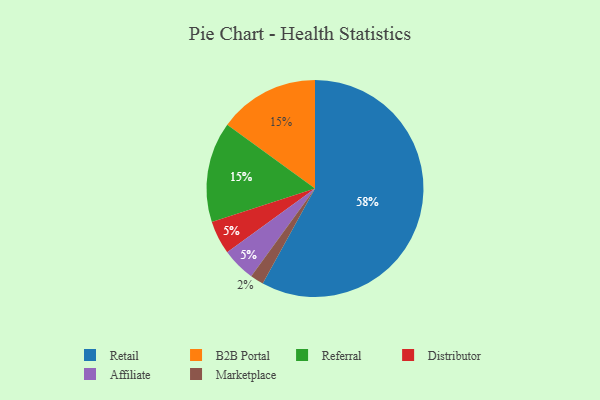
{"axis": {"x": "Category", "y": "Percentage"}, "legend": ["Affiliate", "B2B Portal", "Distributor", "Marketplace", "Referral", "Retail"], "data": [{"x": "Distributor", "y": 5, "type": "Distributor"}, {"x": "Affiliate", "y": 5, "type": "Affiliate"}, {"x": "Marketplace", "y": 2, "type": "Marketplace"}, {"x": "Retail", "y": 58, "type": "Retail"}, {"x": "B2B Portal", "y": 15, "type": "B2B Portal"}, {"x": "Referral", "y": 15, "type": "Referral"}]}